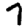
Digit: 7